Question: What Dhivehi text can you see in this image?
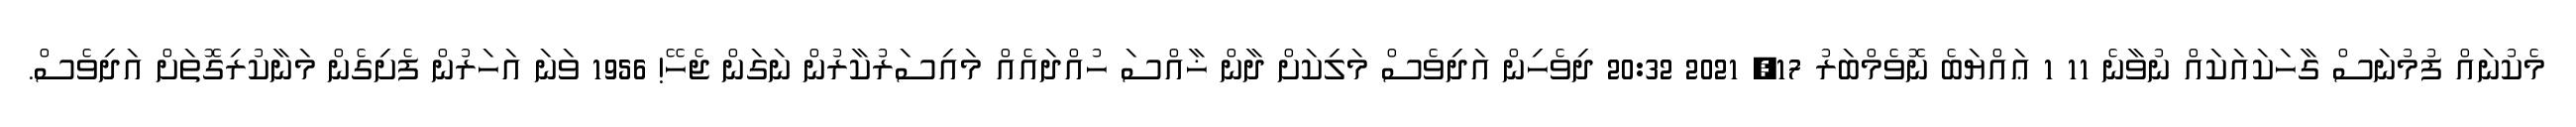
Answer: މެކުނައް ފުމުނަސް ގާހަކައަކައް ނުވާނެ 11 1 ޢައްޔަބެ ނޮވެމްބަރު 17, 2021 20:32 ދިވެހިން އަދިވެސް މަލިކަށް ދާން ޚާއްސަ ހުއްދައެއް މައިސަރުކާރުން ނަގަން ޖެހޭ! 1956 ވަނަ އަހަރުން ފެށިގެން މަނާކުރިގޮތަށް އަދިވެސް.